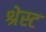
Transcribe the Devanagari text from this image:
श्रेस्ट